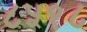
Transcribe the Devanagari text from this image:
८५१८